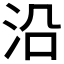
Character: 沿